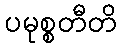
ပမုစ္စတီတိ